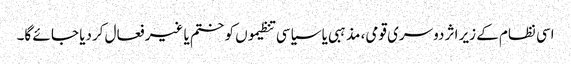
اسی نظام کے زیر اثر دوسری قومی، مذہبی یا سیاسی تنظیموں کو ختم یا غیر فعال کردیا جا ئے گا۔